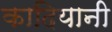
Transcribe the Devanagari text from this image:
कादियानी